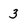
Character: 3